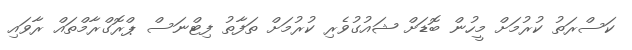
ކަސްރަތު ކުރުމަށް މީހުން ބޮޑަށް ޝައުގުވެރި ކުރުމަށް ތަފާތު ފިޓްނަސް ޕްރޮގްރާމްތައް ރާވައި